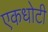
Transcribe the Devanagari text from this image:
एकधोटी